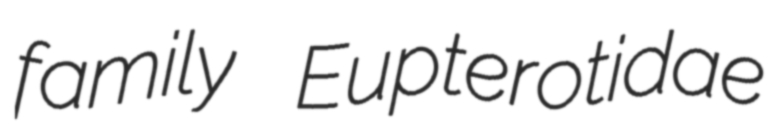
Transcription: family Eupterotidae